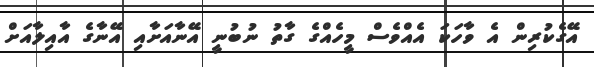
އޭގެކުރިން އެ ވާހަކަ އެއްވެސް މީހެއްގެ ގާތު ނުބުނީ އޭނާއަށާއި އޭނާގެ އާއިލާއަށް